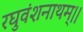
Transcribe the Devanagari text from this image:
रघुवंशनाथम्।।